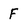
Character: F